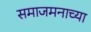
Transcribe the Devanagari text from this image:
समाजमनाच्या